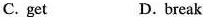
C. get D.break